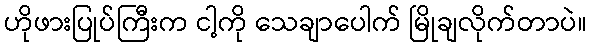
ဟိုဖားပြုပ်ကြီးက ငါ့ကို သေချာပေါက် မြိုချလိုက်တာပဲ။